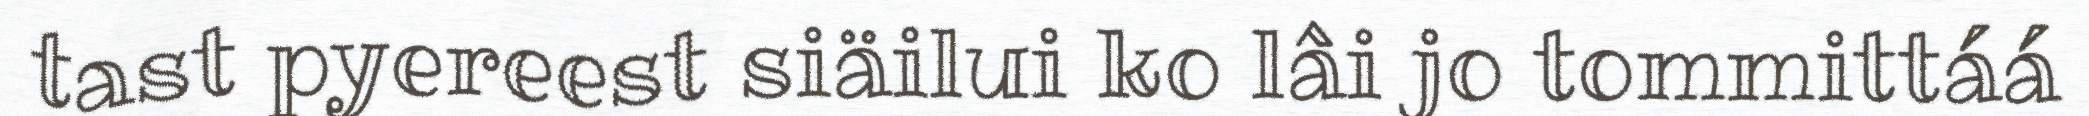
tast pyereest siäilui ko lâi jo tommittáá